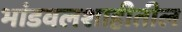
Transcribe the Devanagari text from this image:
भांडवलशाहीतील